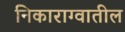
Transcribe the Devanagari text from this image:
निकाराग्वातील